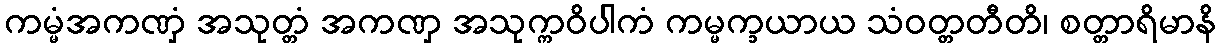
ကမ္မံအကဏှံ အသုတ္တံ အကဏှ အသုက္ကဝိပါကံ ကမ္မက္ခယာယ သံဝတ္တတီတိ၊ စတ္တာရိမာနိ